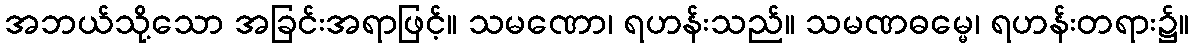
အဘယ်သို့သော အခြင်းအရာဖြင့်။ သမဏော၊ ရဟန်းသည်။ သမဏဓမ္မေ၊ ရဟန်းတရား၌။